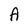
Character: A